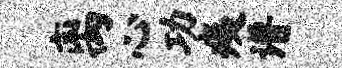
离心功痍谱